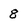
Character: 8